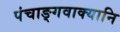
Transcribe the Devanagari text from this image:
पंचाङ्गवाक्यानि